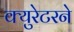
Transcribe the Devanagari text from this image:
क्युरेटरने